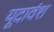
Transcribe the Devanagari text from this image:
यूदावंश